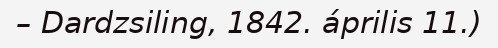
– Dardzsiling, 1842. április 11.)